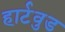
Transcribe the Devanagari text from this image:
हार्टवुड